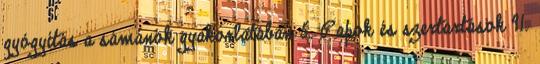
gyógyítás a sámánok gyakorlatában 5. Papok és szertartások 91.